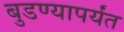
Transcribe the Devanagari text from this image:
बुडण्यापर्यंत